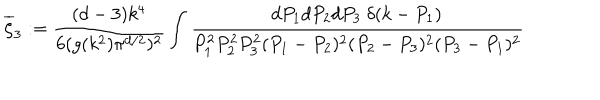
LaTeX: \overline { { \zeta } } _ { 3 } : = \frac { ( d - 3 ) k ^ { 4 } } { 6 ( g ( k ^ { 2 } ) \pi ^ { d / 2 } ) ^ { 2 } } \int \frac { d P _ { 1 } d P _ { 2 } d P _ { 3 } ~ \delta ( k - P _ { 1 } ) } { P _ { 1 } ^ { 2 } P _ { 2 } ^ { 2 } P _ { 3 } ^ { 2 } ( P _ { 1 } - P _ { 2 } ) ^ { 2 } ( P _ { 2 } - P _ { 3 } ) ^ { 2 } ( P _ { 3 } - P _ { 1 } ) ^ { 2 } }